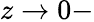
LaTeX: z\to 0-